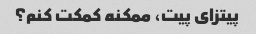
پیتزای پیت، ممکنه کمکت کنم؟